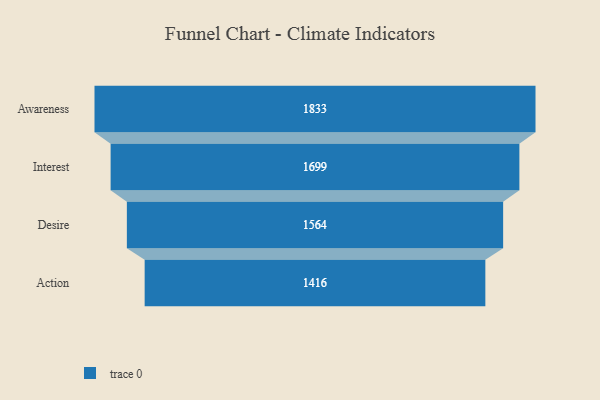
{"axis": {"x": "Stage", "y": "Value"}, "legend": [""], "data": [{"x": "Awareness", "y": 1833.0, "type": ""}, {"x": "Interest", "y": 1699.0, "type": ""}, {"x": "Desire", "y": 1564.0, "type": ""}, {"x": "Action", "y": 1416.0, "type": ""}]}